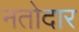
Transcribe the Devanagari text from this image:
नतोदार